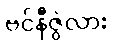
ဗင်နီဇွဲလား